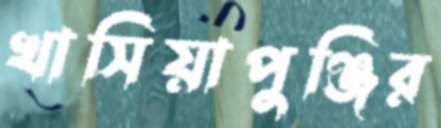
খাসিয়াপুঞ্জির